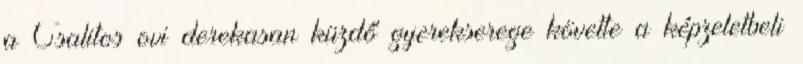
a Csalitos ovi derekasan küzdő gyerekserege követte a képzeletbeli